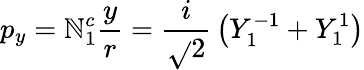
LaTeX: p_{y}=\mathbb{N}_{1}^{c}{\frac{{y}}{{r}}}={\frac{{i}}{{\sqrt{}{{2}}}}}\left(Y_{1}^{-1}+Y_{1}^{1}\right)